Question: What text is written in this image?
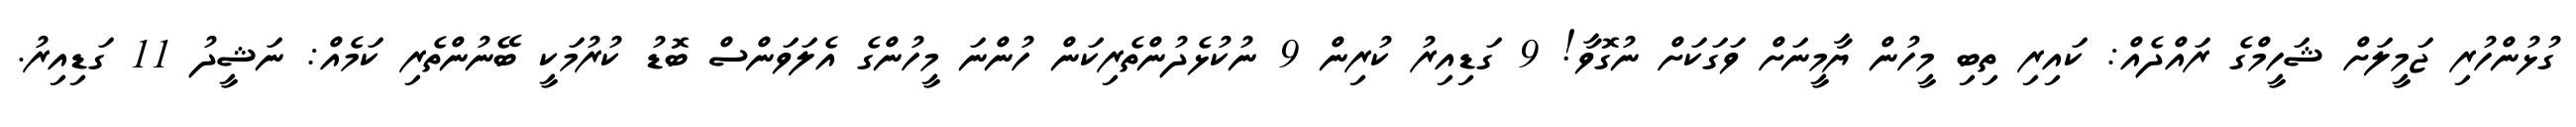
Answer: ގުޅުންހުރި ޖަމީލަށް ޝަހީމްގެ ރައްދެއް: ކައިރި ތިބި މީހުން ޔާމީނަށް ވަގަކަށް ނުގޮވާ! 9 ގަޑިއިރު ކުރިން 9 ނުކުޅެދުންތެރިކަން ހުންނަ މީހުންގެ އެލަވަންސް ބޮޑު ކުރުމަކީ ބޭނުންތެރި ކަމެއް: ނަޝީދު 11 ގަޑިއިރު.